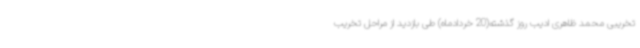
تخریبی محمد ظاهری ادیب روز گذشته(20 خردادماه) طی بازدید از مراحل تخریب